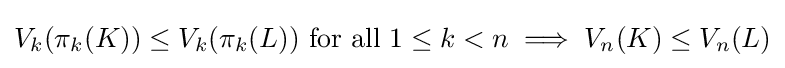
V_{k}(\pi _{k}(K))\leq V_{k}(\pi _{k}(L)){\mbox{ for all }}1\leq k<n\implies V_{n}(K)\leq V_{n}(L)